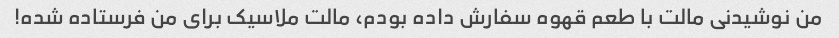
من نوشیدنی مالت با طعم قهوه سفارش داده بودم، مالت ملاسیک برای من فرستاده شده!